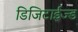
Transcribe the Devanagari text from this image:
डिजिटाईज्ड